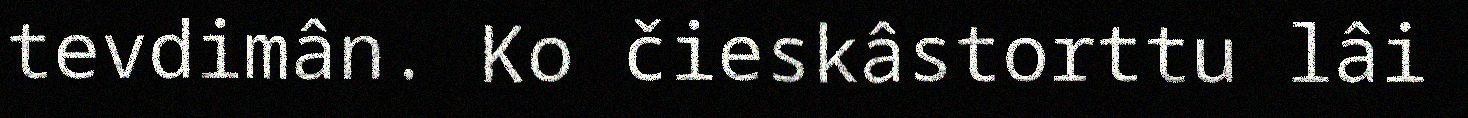
tevdimân. Ko čieskâstorttu lâi